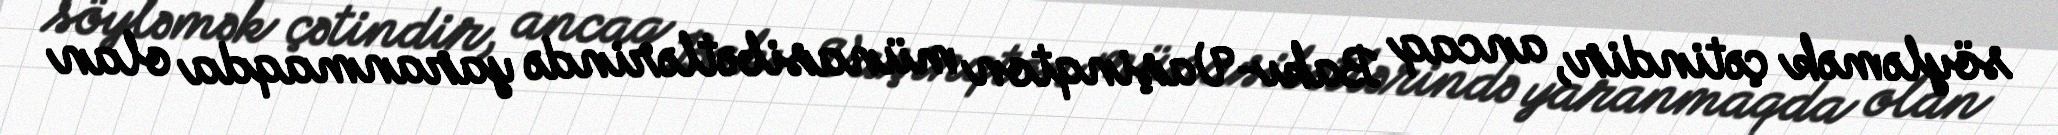
söyləmək çətindir, ancaq Bakı-Vaşinqton münasibətlərində yaranmaqda olan